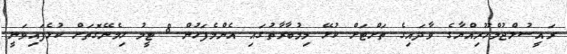
ރައީސުލްޖުމްހޫރިއްޔާގެ ވާދައިގެ ތަށްޓަށް ކުޅޭ މިމުބާރާތުގައި އެންމެފަހުން 8 ޓީމު ހިމެނޭގޮތަށް ކުޅެފައިވަނީ